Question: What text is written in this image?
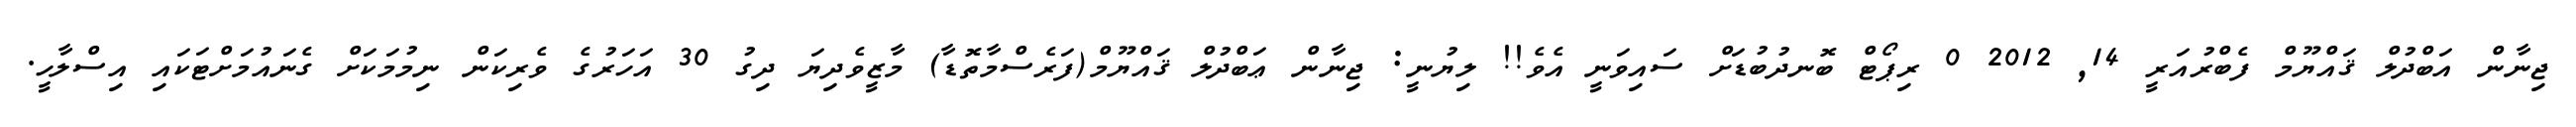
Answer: ޖިނާން އަބްދުލް ޤައްޔޫމް ފެބްރުއަރީ 14, 2012 0 ރިޕޯޓް ބޮނދުބުޑަށް ސައިވަނީ އެވެ!! ލިޔުނީ: ޖިނާން ޢަބްދުލް ޤައްޔޫމް(ފަރެސްމާތޮޑާ) މާޒީވެދިޔަ ދިގު 30 އަހަރުގެ ވެރިކަން ނިމުމަކަށް ގެނައުމަށްޓަކައި އިސްލާހީ.